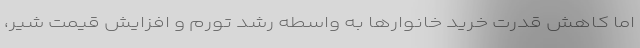
اما کاهش قدرت خرید خانوارها به واسطه رشد تورم و افزایش قیمت شیر،